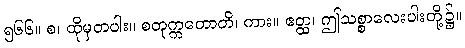
၅၆၆။ စ၊ ထိုမှတပါး။ စတုက္ကတောတိ၊ ကား။ ဧတ္ထ၊ ဤသစ္စာလေးပါးတို့၌။